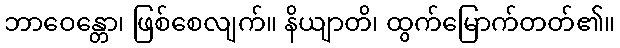
ဘာဝေန္တော၊ ဖြစ်စေလျက်။ နိယျာတိ၊ ထွက်မြောက်တတ်၏။